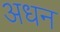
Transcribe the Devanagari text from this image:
अधन